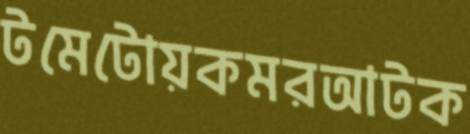
টমেটোয়কমরআটক